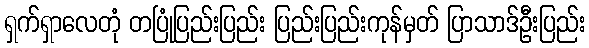
ရှက်ရှာလေတုံ တပြုံပြည်းပြည်း ပြည်းပြည်းကုန်မှတ် ပြာသာဒ်ဦးပြည်း